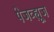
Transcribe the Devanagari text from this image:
पेजव्ह्यूज